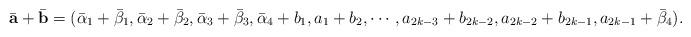
LaTeX: \begin{align*}\bar{\mathbf{a}}+\bar{\mathbf{b}}=(\bar{\alpha}_1+\bar{\beta}_1,\bar{\alpha}_2+\bar{\beta}_2,\bar{\alpha}_3+\bar{\beta}_3,\bar{\alpha}_4+b_1,a_1+b_2,\cdots,a_{2k-3}+b_{2k-2},a_{2k-2}+b_{2k-1},a_{2k-1}+\bar{\beta}_4).\end{align*}